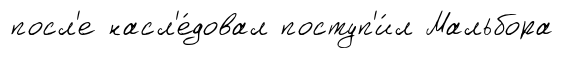
посл'е насл'е́довал поступ'и́л Мальбора